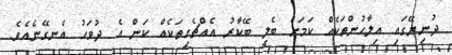
ދުނިޔޭގައި އިލާހުންތަކެއް ކަމަށް ބެލީ ބޭކާރު އެއްޗެހިތަކެއް ކަން އެ ދުވަހު އެނގޭނެއެވެ.